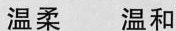
温柔 温和